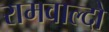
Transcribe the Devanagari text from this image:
रामवाल्दो